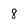
Character: 8